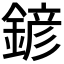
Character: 𨩱